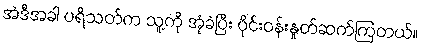
အဲဒီအခါ ပရိသတ်က သူ့ကို အုံခဲပြီး ဝိုင်းဝန်းနှုတ်ဆက်ကြတယ်။